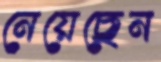
নেয়েছেন